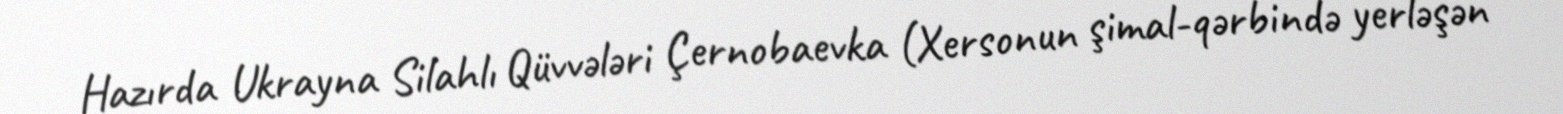
Hazırda Ukrayna Silahlı Qüvvələri Çernobaevka (Xersonun şimal-qərbində yerləşən